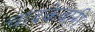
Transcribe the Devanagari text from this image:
चांदकेवारी